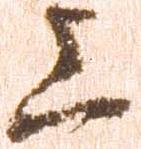
上